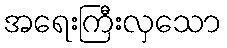
အရေးကြီးလှသော